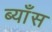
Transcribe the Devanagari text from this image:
ब्याँस